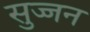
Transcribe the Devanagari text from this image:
सुज्जन